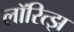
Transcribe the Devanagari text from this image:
लॉरित्झ